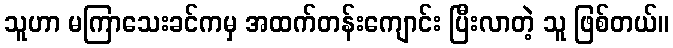
သူဟာ မကြာသေးခင်ကမှ အထက်တန်းကျောင်း ပြီးလာတဲ့ သူ ဖြစ်တယ်။